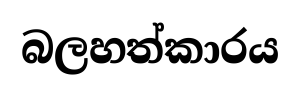
බලහත්කාරය